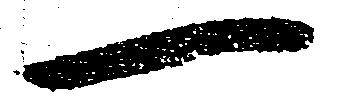
一